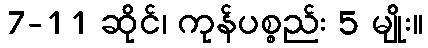
7-11 ဆိုင်၊ ကုန်ပစ္စည်း 5 မျိုး။